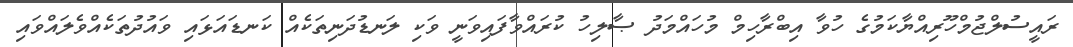
ރައީސުލްޖުމްހޫރިއްޔާކަމުގެ ހުވާ އިބްރާހިމް މުހައްމަދު ޞާލިހު ކުރައްވާފައިވަނީ ވަކި ލަނޑުދަނިތަކެއް ކަނޑައަޅައި ވައުދުތަކެއްވެލައްވައި